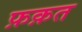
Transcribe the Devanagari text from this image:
फ़क़त